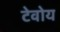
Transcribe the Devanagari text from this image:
टेवोय